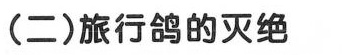
（二）旅行鸽的灭绝